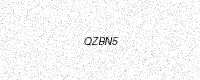
Text: QZBN5